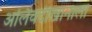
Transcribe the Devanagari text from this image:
अलिवर्दीखानाला